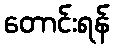
တောင်းရန်